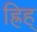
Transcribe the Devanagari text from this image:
ह्रिह्